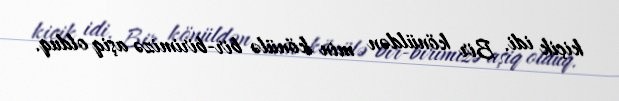
kiçik idi. Bir könüldən min könülə bir-birimizə aşiq olduq.